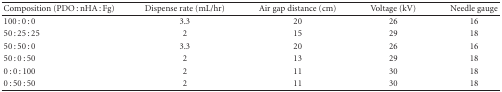
| Composition (PDO : nHA : Fg) | Dispense rate (mL/hr) | Air gap distance (cm) | Voltage (kV) | Needle gauge |
 | --- | --- | --- | --- | --- |
 | 100 : 0 : 0 | 3.3 | 20 | 26 | 16 |
 | 50 : 25 : 25 | 2 | 15 | 29 | 18 |
 | 50 : 50 : 0 | 3.3 | 20 | 26 | 16 |
 | 50 : 0 : 50 | 2 | 13 | 29 | 18 |
 | 0 : 0 : 100 | 2 | 11 | 30 | 18 |
 | 0 : 50 : 50 | 2 | 11 | 30 | 18 |